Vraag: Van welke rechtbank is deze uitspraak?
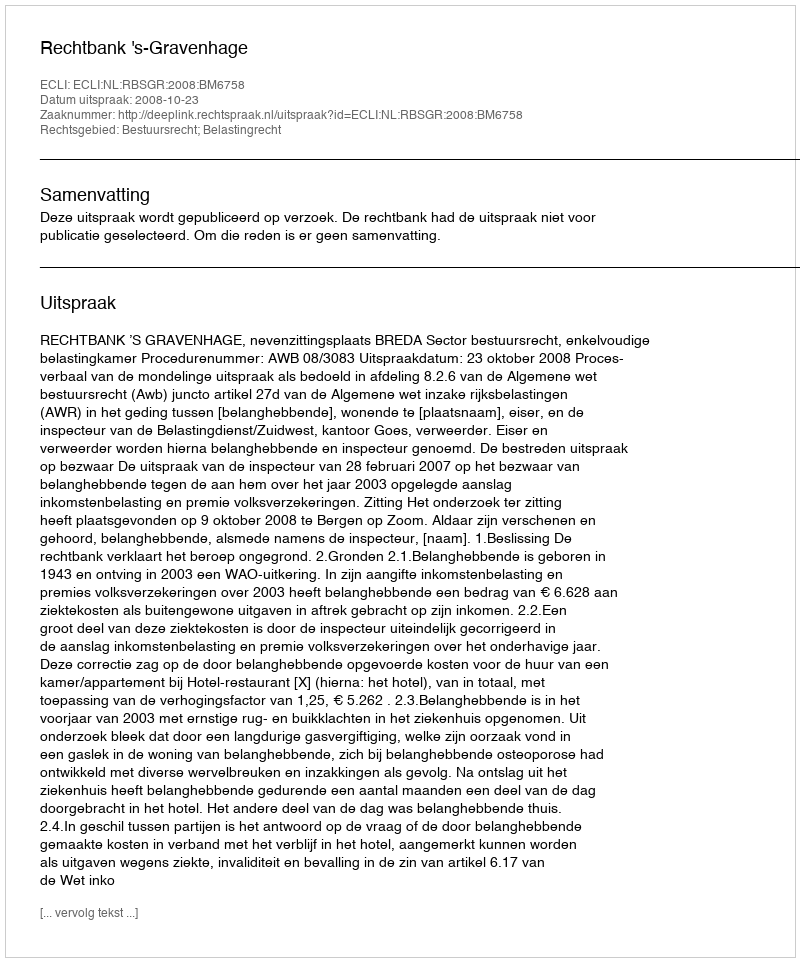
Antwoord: Rechtbank 's-Gravenhage